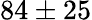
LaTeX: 84\pm 25